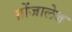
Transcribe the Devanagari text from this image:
ग़ोंजालेज